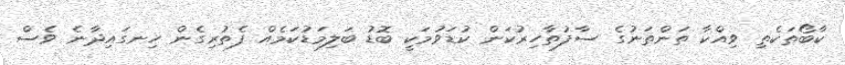
ކާބޯތަކެތި ވިއްކާ ތަންތަނުގެ ސާފުތާހިރުކަން ކުޑަވުމަކީ ބޮޑު ބަލިމަޑުކަމެއް ފެތުރިގެން ހިނގައިދާނެ ވެސް